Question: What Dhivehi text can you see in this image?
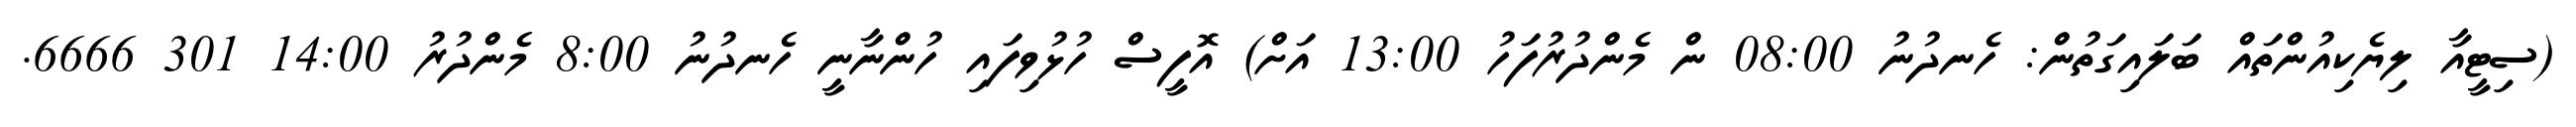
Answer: (ސިޓީއާ ލިޔެކިއުންތައް ބަލައިގަތުން: ހެނދުނު 08:00 ން މެންދުރުފަހު 13:00 އަށް) އޮފީސް ހުޅުވިފައި ހުންނާނީ ހެނދުނު 8:00 މެންދުރު 14:00 301 6666.